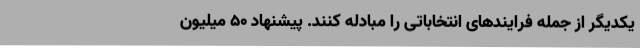
یکدیگر از جمله فرایندهای انتخاباتی را مبادله کنند. پیشنهاد 50 میلیون